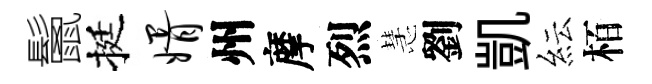
鬛挺婿州摩烈慧劉凱紜栢